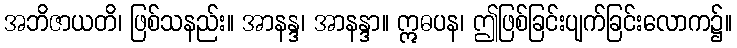
အဘိဇာယတိ၊ ဖြစ်သနည်း။ အာနန္ဒ၊ အာနန္ဒာ။ ဣဓပန၊ ဤဖြစ်ခြင်းပျက်ခြင်းလောက၌။